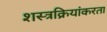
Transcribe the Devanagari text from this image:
शस्त्रक्रियांकरता